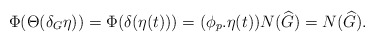
\begin{align*}\Phi(\Theta(\delta_G\eta))=\Phi(\delta(\eta(t)))=(\phi_p.\eta(t)) N(\widehat{G})=N(\widehat{G}).\end{align*}